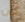
كان